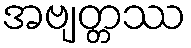
အဗျတ္တဿ